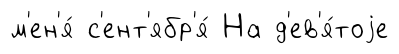
м'ен'я́ с'ент'ябр'я́ На д'ев'я́тоjе